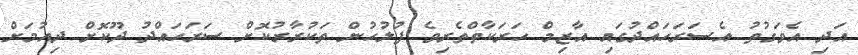
އަދި އެވަގުތު އެސަރަހައްދުގައި އާޒިމް ހަރަކާތްތެރިވެ ފުލުހުން ތަކުރާރުކޮށް ސަރަހައްދު ދޫކޮށް ދިއުމަށް